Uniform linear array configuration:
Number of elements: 48
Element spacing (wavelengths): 0.75
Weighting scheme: cosine
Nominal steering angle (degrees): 0
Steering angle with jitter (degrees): -1.924
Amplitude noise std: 0.05
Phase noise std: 0.05

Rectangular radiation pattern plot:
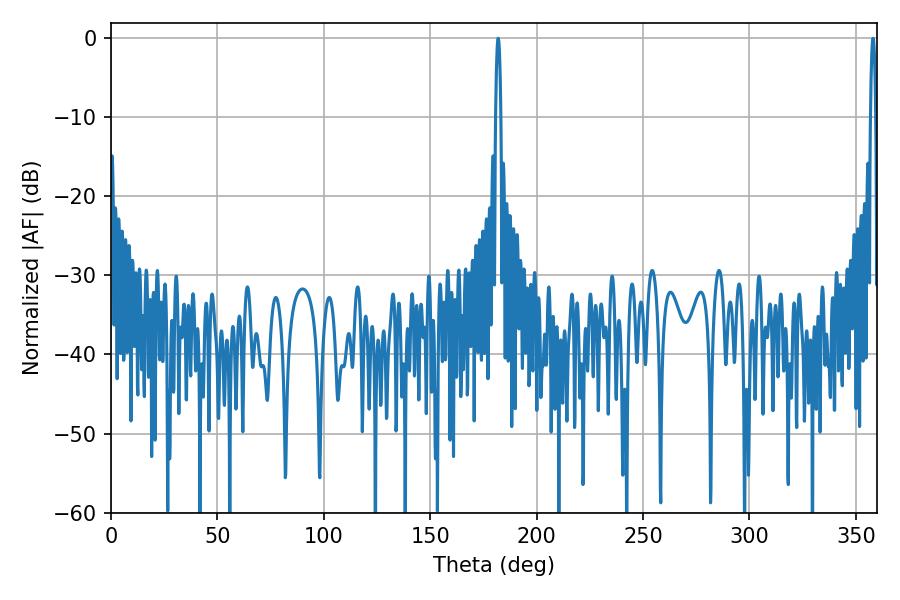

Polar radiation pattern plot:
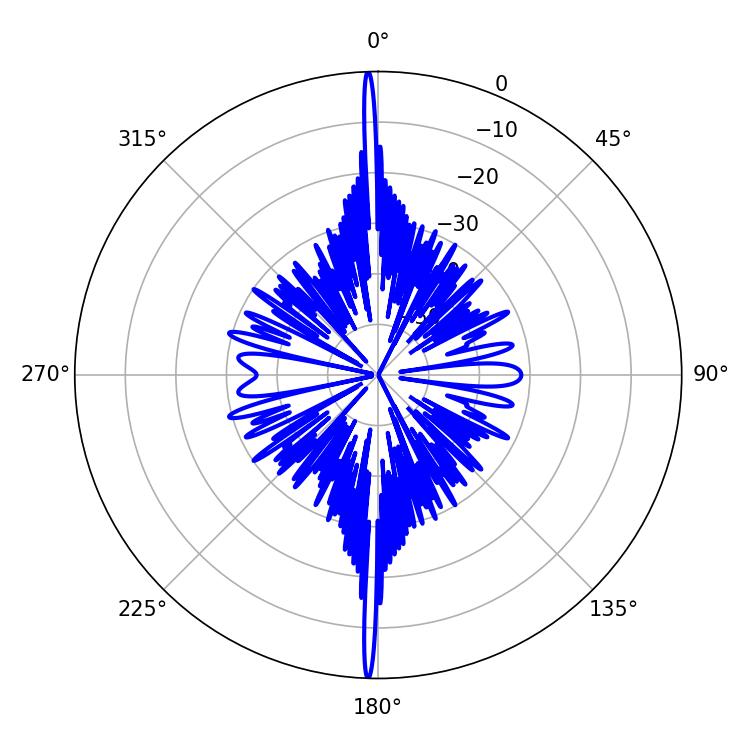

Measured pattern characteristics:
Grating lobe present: TRUE
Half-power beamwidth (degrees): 1.26
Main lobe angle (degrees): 358.02